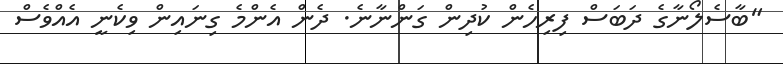
"ބާސެލޯނާގެ ދަބަސް ފިރިހެން ކުދިން ގަންނާނެ. ދެން އެންމެ ގިނައިން ވިކެނީ އެއްވެސް